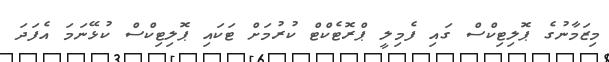
މިޒަމާނުގެ ޕޮލިޓިކްސް ގައި ފެމިލީ ޕްރޮޓެކްޓް ކުރުމަށް ޓަކައި ޕޮލިޓިކްސް ކުޅޭނަމަ އެފަދަ